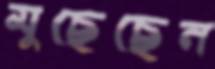
মুছেছেন